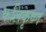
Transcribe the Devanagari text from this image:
कलिकृष्ण